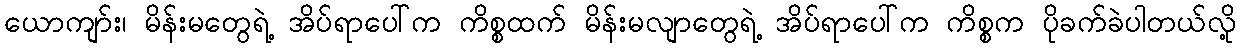
ယောကျာ်း၊ မိန်းမတွေရဲ့ အိပ်ရာပေါ်က ကိစ္စထက် မိန်းမလျာတွေရဲ့ အိပ်ရာပေါ်က ကိစ္စက ပိုခက်ခဲပါတယ်လို့